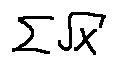
\sum \sqrt { x }